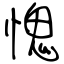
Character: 愧